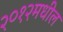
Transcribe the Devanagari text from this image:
२०१२मधील